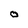
Character: o